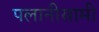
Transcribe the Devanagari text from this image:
पलानीसामी